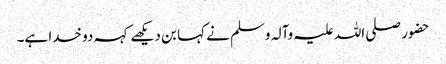
حضور صلی اللہ علیہ وآلہ وسلم نے کہا بن دیکھے کہہ دو خدا ہے۔